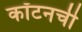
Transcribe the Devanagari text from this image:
कॉटनची